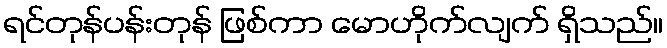
ရင်တုန်ပန်းတုန် ဖြစ်ကာ မောဟိုက်လျက် ရှိသည်။